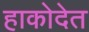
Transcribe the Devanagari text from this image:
हाकोदेत